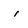
Character: i